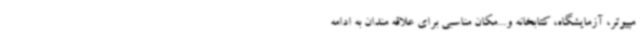
مپیوتر، آزمایشگاه، کتابخانه و...مکان مناسبی برای علاقه مندان به ادامه